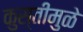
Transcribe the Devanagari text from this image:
कुस्तीमुळे